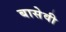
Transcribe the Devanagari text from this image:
बासेवी